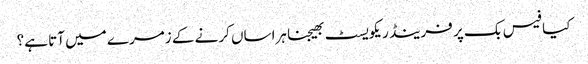
کیا فیس بک پر فرینڈ ریکویسٹ بھیجنا ہراساں کرنے کے زمرے میں آتا ہے؟